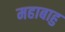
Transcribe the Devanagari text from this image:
महाबाहु